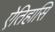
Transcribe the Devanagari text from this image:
ऐतिहासि